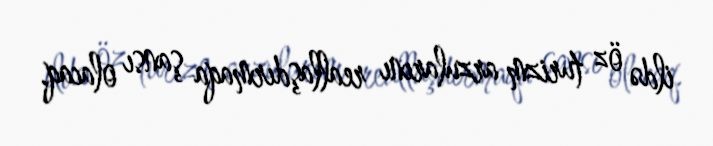
ildə öz turizm arzularını reallaşdırmaqa şansı olacaq.